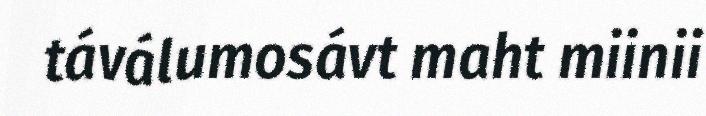
táválumosávt maht miinii